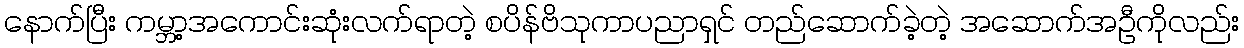
နောက်ပြီး ကမ္ဘာ့အကောင်းဆုံးလက်ရာတဲ့ စပိန်ဗိသုကာပညာရှင် တည်ဆောက်ခဲ့တဲ့ အဆောက်အဦကိုလည်း